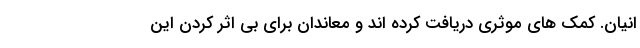
انیان. کمک های موثری دریافت کرده اند و معاندان برای بی اثر کردن این